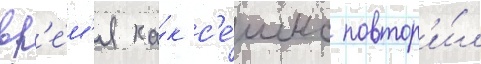
вр'е́м'я ка́к с'е́шнс повтор'и́л